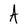
Character: A